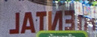
JATN3n